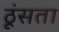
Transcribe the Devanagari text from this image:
ठूंसता